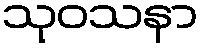
သုဝသနာ